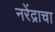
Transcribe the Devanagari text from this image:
नरेंद्राचा